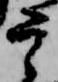
宰